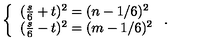
\left\{ \begin{array} { l l } { ( \frac { s } { 6 } + t ) ^ { 2 } = ( n - 1 / 6 ) ^ { 2 } } \\ { ( \frac { s } { 6 } - t ) ^ { 2 } = ( m - 1 / 6 ) ^ { 2 } } \\ \end{array} \right. .